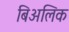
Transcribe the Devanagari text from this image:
बिअलिक